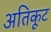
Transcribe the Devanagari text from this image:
अतिकूट